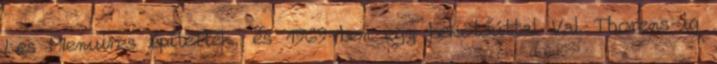
Les Menuires építették, és 1969-ben egy bekötőúttal Val Thorens-ig